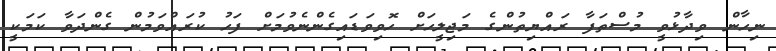
ނިހާން ވިދާޅުވީ މުސްތަފާ ރައްޔިތުންގެ މަޖިލީހަށް ހޮވިވަޑައިގެންނެވުމަށް ފަހު ކުރައްވަމުން ގެންދަވާ ކަމަކީ